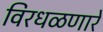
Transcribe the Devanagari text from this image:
विरधळणारे